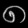
Digit: ၈